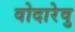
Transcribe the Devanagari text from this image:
वोदारेवु